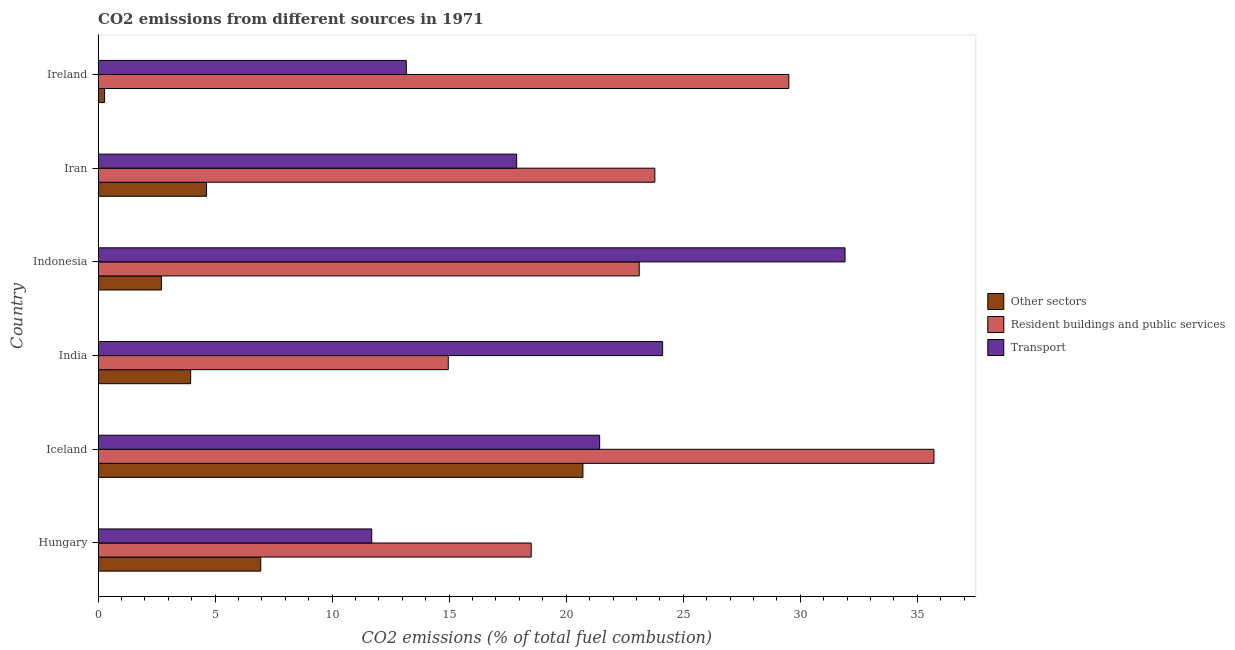
| Country | Other sectors | Resident buildings and public services | Transport |
 | --- | --- | --- | --- |
 | Hungary | 6.95 | 18.5 | 11.7 |
 | Iceland | 20.7 | 35.7 | 21.4 |
 | India | 3.95 | 15 | 24.1 |
 | Indonesia | 2.71 | 23.1 | 31.9 |
 | Iran | 4.63 | 23.8 | 17.9 |
 | Ireland | 0.276 | 29.5 | 13.2 |